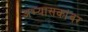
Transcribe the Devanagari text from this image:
अभ्यासकांवर